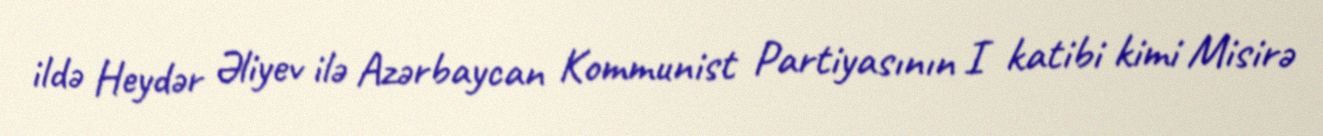
ildə Heydər Əliyev ilə Azərbaycan Kommunist Partiyasının I katibi kimi Misirə